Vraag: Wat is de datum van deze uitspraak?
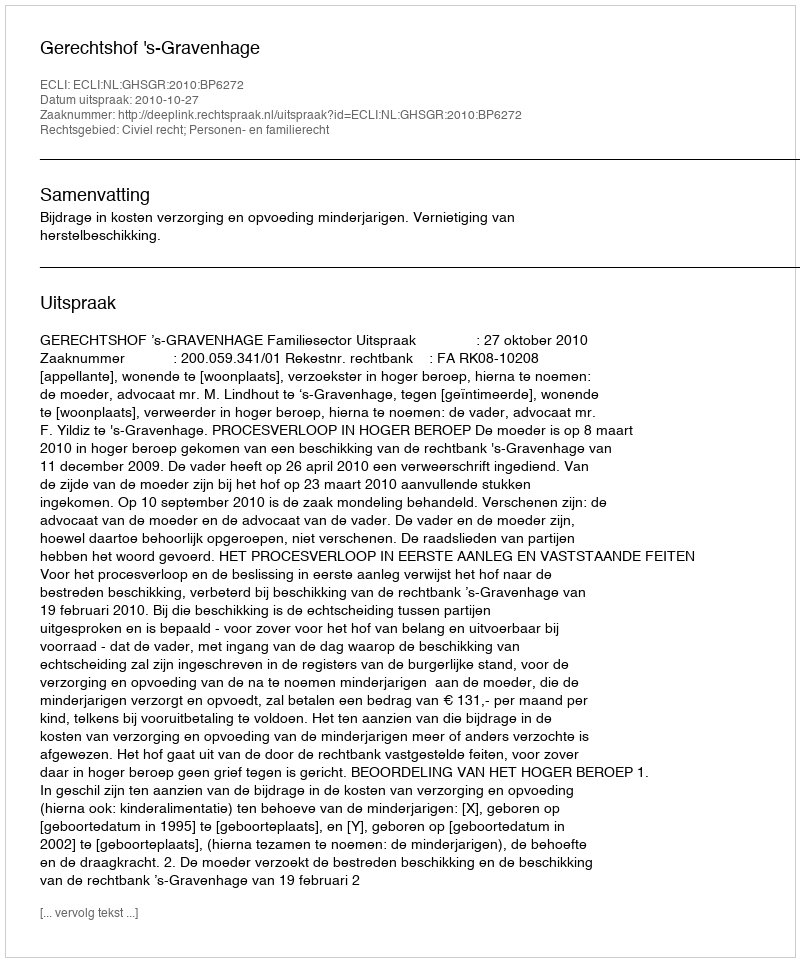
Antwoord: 2010-10-27